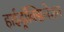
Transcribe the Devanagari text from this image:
हाईड्रॉक्सिलेशन